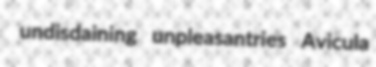
undisdaining unpleasantries Avicula